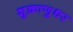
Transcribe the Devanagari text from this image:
शुक्राणुधर